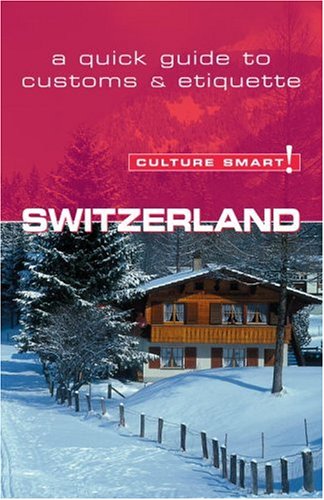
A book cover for Switzerland - Culture Smart!: the essential guide to customs & culture; Kendall Maycock; Business & Money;